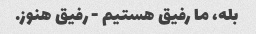
بله، ما رفیق هستیم - رفیق هنوز.